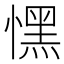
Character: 𢡀